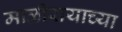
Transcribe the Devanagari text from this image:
माळीरायाच्या